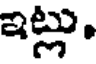
ఇట్లు.